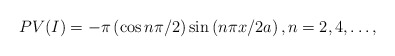
\begin{align*}PV(I)=-\pi\left( \cos n\pi/2\right) \sin\left( n\pi x/2a\right) ,\text{}n=2,4,\ldots,\end{align*}